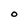
Character: O